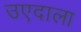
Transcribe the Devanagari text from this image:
उएदाला